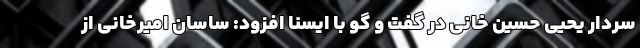
سردار یحیی حسین خانی در گفت و گو با ایسنا افزود: ساسان امیرخانی از